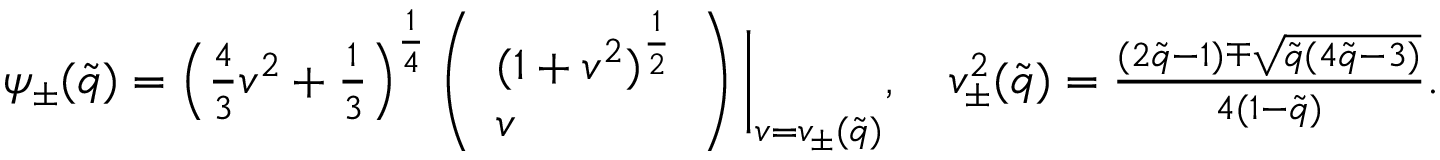
\begin{array} { r } { \psi _ { \pm } ( \tilde { q } ) = \left( \frac { 4 } { 3 } v ^ { 2 } + \frac { 1 } { 3 } \right) ^ { \frac { 1 } { 4 } } \left( \begin{array} { l } { ( 1 + v ^ { 2 } ) ^ { \frac { 1 } { 2 } } } \\ { v } \end{array} \right) \bigg \vert _ { v = v _ { \pm } ( \tilde { q } ) } , \quad v _ { \pm } ^ { 2 } ( \tilde { q } ) = \frac { ( 2 \tilde { q } - 1 ) \mp \sqrt { \tilde { q } ( 4 \tilde { q } - 3 ) } } { 4 ( 1 - \tilde { q } ) } . } \end{array}